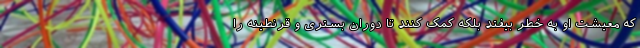
که معیشت او به خطر بیفتد بلکه کمک کنند تا دوران بستری و قرنطینه را